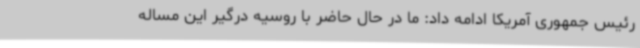
رئیس جمهوری آمریکا ادامه داد: ما در حال حاضر با روسیه درگیر این مساله